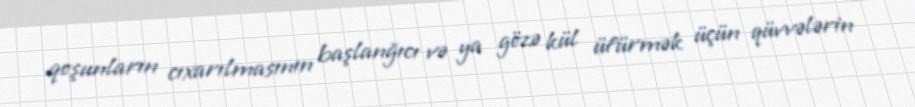
qoşunların cıxarılmasının başlanğıcı və ya gözə kül üfürmək üçün qüvvələrin